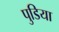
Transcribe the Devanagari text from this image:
पुडिया